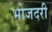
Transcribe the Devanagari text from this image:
भोजदरी